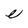
Character: e